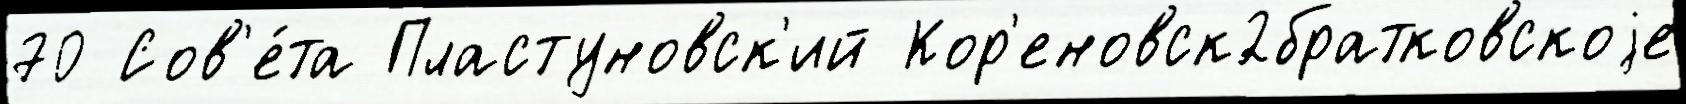
70 Сов'е́та Пластуновск'ий Кор'еновск2братковскоjе